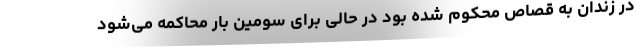
در زندان به قصاص محکوم شده بود در حالی برای سومین بار محاکمه می‌شود